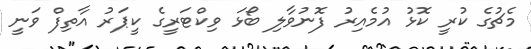
މެޗުގެ ކުރީ ކޮޅު އުމެއިރު ފޮނުވާލި ބޯޅަ ވިކްޓަރީގެ ކީޕަރު އާތިފް ވަނީ